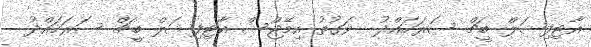
އާޓިފިޝަލް ބީޗް ސަރަހައްދު  ވަގުތު އިމޭޖްސް އާޓިފިޝަލް ބީޗް ސަރަހައްދު